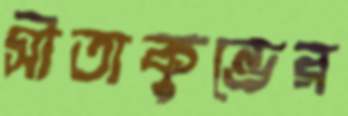
সীতাকুন্ডের